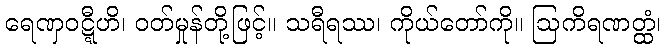
ရေဏှဝဋ္ဋီဟိ၊ ဝတ်မှုန်တို့ဖြင့်။ သရီရဿ၊ ကိုယ်တော်ကို။ ဩကိရဏတ္ထံ၊